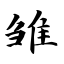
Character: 雏